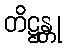
တိဋ္ဌန္တု